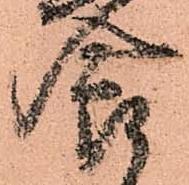
食